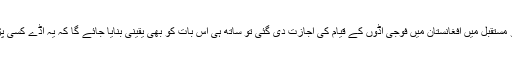
انہوں نے یہ بھی کہا کہ اگر امریکہ کو مستقبل میں افغانستان میں فوجی اڈوں کے قیام کی اجازت دی گئی تو ساتھ ہی اس بات کو بھی یقینی بنایا جائے گا کہ یہ اڈے کسی پڑوسی ملک کے خلاف استعمال نہ ہوں۔